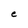
Character: e